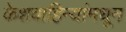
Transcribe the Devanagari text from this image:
केशवाहिन्यांमधून